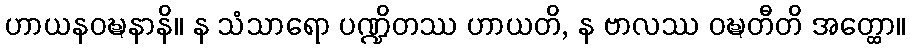
ဟာယနဝဍ္ဎနာနိ။ န သံသာရော ပဏ္ဍိတဿ ဟာယတိ, န ဗာလဿ ဝဍ္ဎတီတိ အတ္ထော။